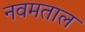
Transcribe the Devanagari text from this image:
नवमताल